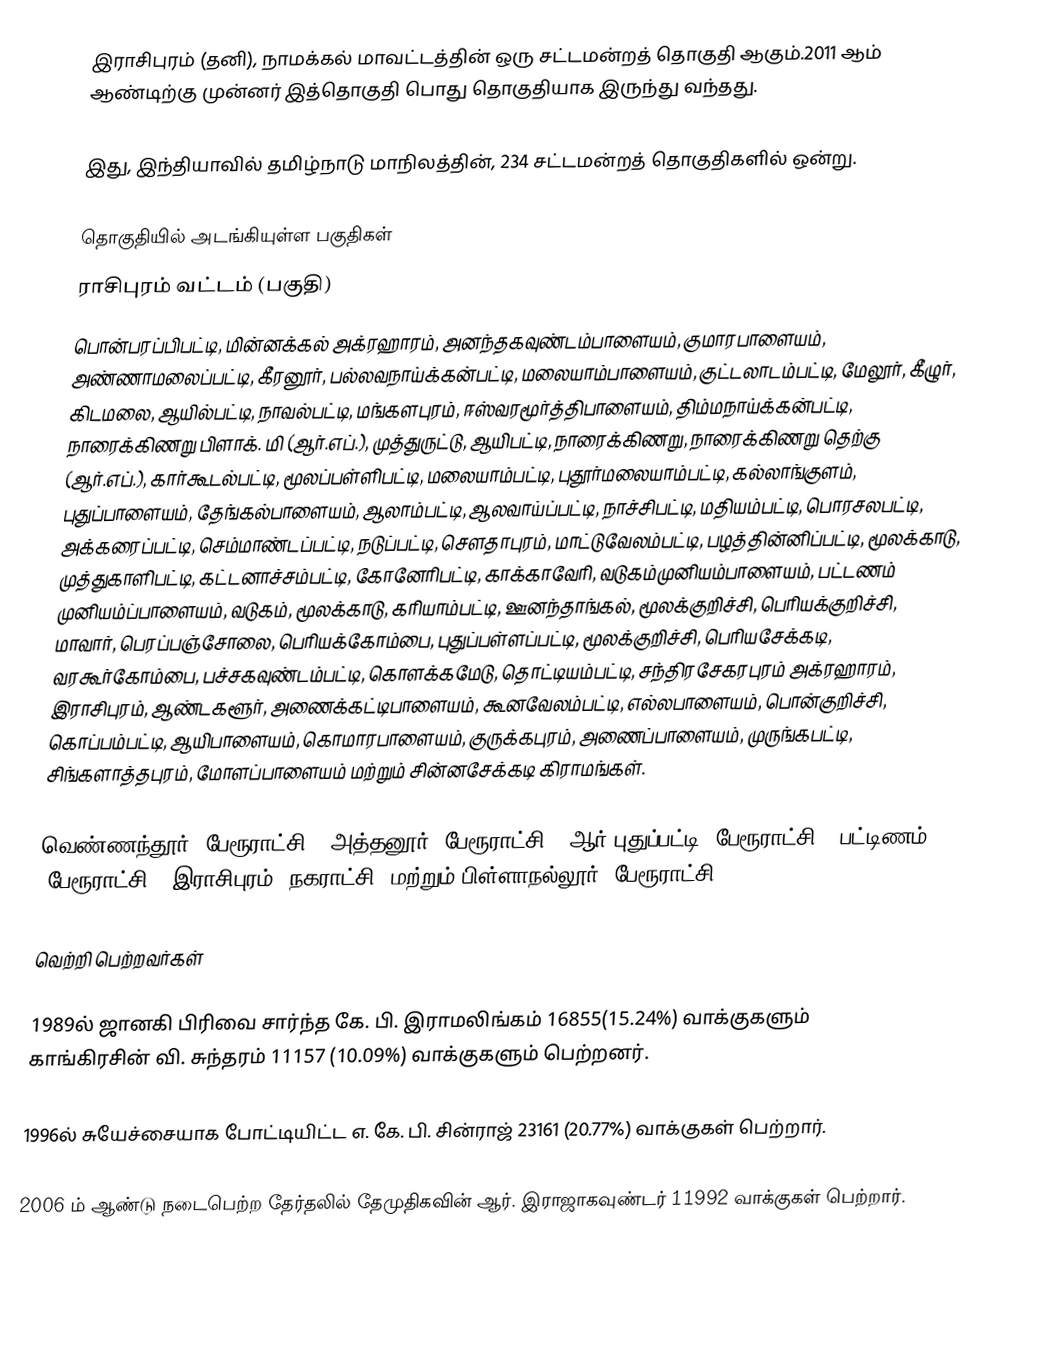
இராசிபுரம் (தனி), நாமக்கல் மாவட்டத்தின் ஒரு சட்டமன்றத் தொகுதி ஆகும்.2011 ஆம் ஆண்டிற்கு முன்னர் இத்தொகுதி பொது தொகுதியாக இருந்து வந்தது.

இது, இந்தியாவில் தமிழ்நாடு மாநிலத்தின், 234 சட்டமன்றத் தொகுதிகளில் ஒன்று.

தொகுதியில் அடங்கியுள்ள பகுதிகள்
ராசிபுரம் வட்டம் (பகுதி)
பொன்பரப்பிபட்டி, மின்னக்கல் அக்ரஹாரம், அனந்தகவுண்டம்பாளையம், குமாரபாளையம், அண்ணாமலைப்பட்டி, கீரனூர், பல்லவநாய்க்கன்பட்டி, மலையாம்பாளையம், குட்டலாடம்பட்டி, மேலூர், கீழுர், கிடமலை, ஆயில்பட்டி, நாவல்பட்டி, மங்களபுரம், ஈஸ்வரமூர்த்திபாளையம், திம்மநாய்க்கன்பட்டி, நாரைக்கிணறு பிளாக். மி (ஆர்.எப்.), முத்துருட்டு, ஆயிபட்டி, நாரைக்கிணறு, நாரைக்கிணறு தெற்கு (ஆர்.எப்.), கார்கூடல்பட்டி, மூலப்பள்ளிபட்டி, மலையாம்பட்டி, புதூர்மலையாம்பட்டி, கல்லாங்குளம், புதுப்பாளையம், தேங்கல்பாளையம், ஆலாம்பட்டி, ஆலவாய்ப்பட்டி, நாச்சிபட்டி, மதியம்பட்டி, பொரசலபட்டி, அக்கரைப்பட்டி, செம்மாண்டப்பட்டி, நடுப்பட்டி, சௌதாபுரம், மாட்டுவேலம்பட்டி, பழத்தின்னிப்பட்டி, மூலக்காடு, முத்துகாளிபட்டி, கட்டனாச்சம்பட்டி, கோனேரிபட்டி, காக்காவேரி, வடுகம்முனியம்பாளையம், பட்டணம் முனியம்ப்பாளையம், வடுகம், மூலக்காடு, கரியாம்பட்டி, ஊனந்தாங்கல், மூலக்குறிச்சி, பெரியக்குறிச்சி, மாவார், பெரப்பஞ்சோலை, பெரியக்கோம்பை, புதுப்பள்ளப்பட்டி, மூலக்குறிச்சி, பெரியசேக்கடி, வரகூர்கோம்பை, பச்சகவுண்டம்பட்டி, கொளக்கமேடு, தொட்டியம்பட்டி, சந்திரசேகரபுரம் அக்ரஹாரம், இராசிபுரம், ஆண்டகளூர், அணைக்கட்டிபாளையம், கூனவேலம்பட்டி, எல்லபாளையம், பொன்குறிச்சி, கொப்பம்பட்டி, ஆயிபாளையம், கொமாரபாளையம், குருக்கபுரம், அணைப்பாளையம், முருங்கபட்டி, சிங்களாத்தபுரம், மோளப்பாளையம் மற்றும் சின்னசேக்கடி கிராமங்கள்.

வெண்ணந்தூர் (பேரூராட்சி), அத்தனூர் (பேரூராட்சி), ஆர்.புதுப்பட்டி (பேரூராட்சி), பட்டிணம் (பேரூராட்சி), இராசிபுரம் (நகராட்சி) மற்றும் பிள்ளாநல்லூர் (பேரூராட்சி).

வெற்றி பெற்றவர்கள்

1989ல் ஜானகி பிரிவை சார்ந்த கே. பி. இராமலிங்கம் 16855(15.24%) வாக்குகளும் காங்கிரசின் வி. சுந்தரம் 11157 (10.09%) வாக்குகளும் பெற்றனர்.

1996ல் சுயேச்சையாக போட்டியிட்ட எ. கே. பி. சின்ராஜ் 23161 (20.77%) வாக்குகள் பெற்றார்.

2006 ம் ஆண்டு நடைபெற்ற தேர்தலில் தேமுதிகவின் ஆர். இராஜாகவுண்டர் 11992 வாக்குகள் பெற்றார்.